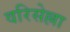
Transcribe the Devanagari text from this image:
वरिसेल्ला